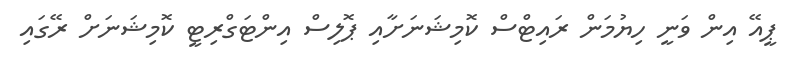
ޕީއޭ އިން ވަނީ ހިޔުމަން ރައިޓްސް ކޮމިޝަނަށާއި ޕޮލިސް އިންޓަގްރިޓީ ކޮމިޝަނަށް ރޭގައި